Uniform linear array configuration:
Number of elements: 8
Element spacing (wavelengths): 0.5
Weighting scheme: blackman
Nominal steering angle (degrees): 15
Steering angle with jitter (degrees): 13.399
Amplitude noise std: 0.05
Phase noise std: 0.05

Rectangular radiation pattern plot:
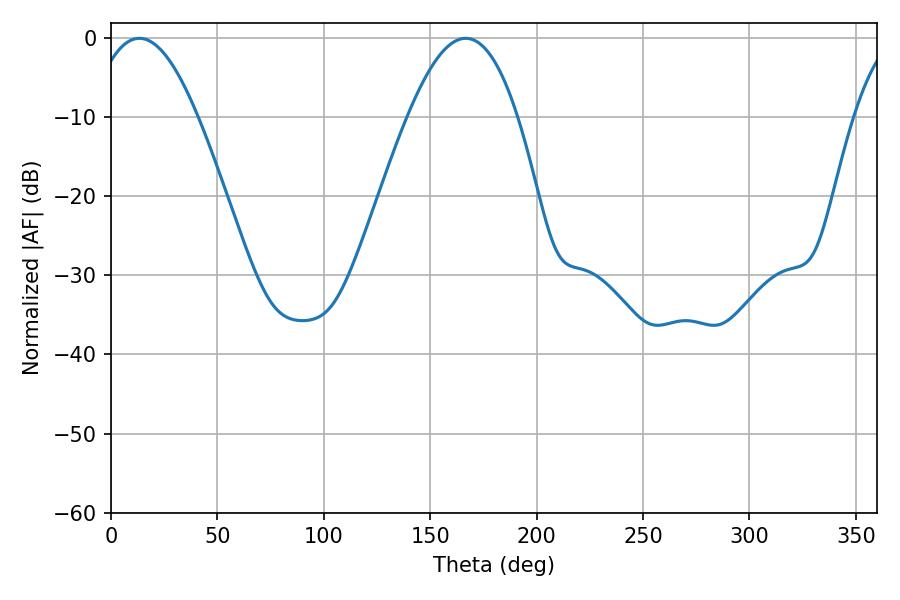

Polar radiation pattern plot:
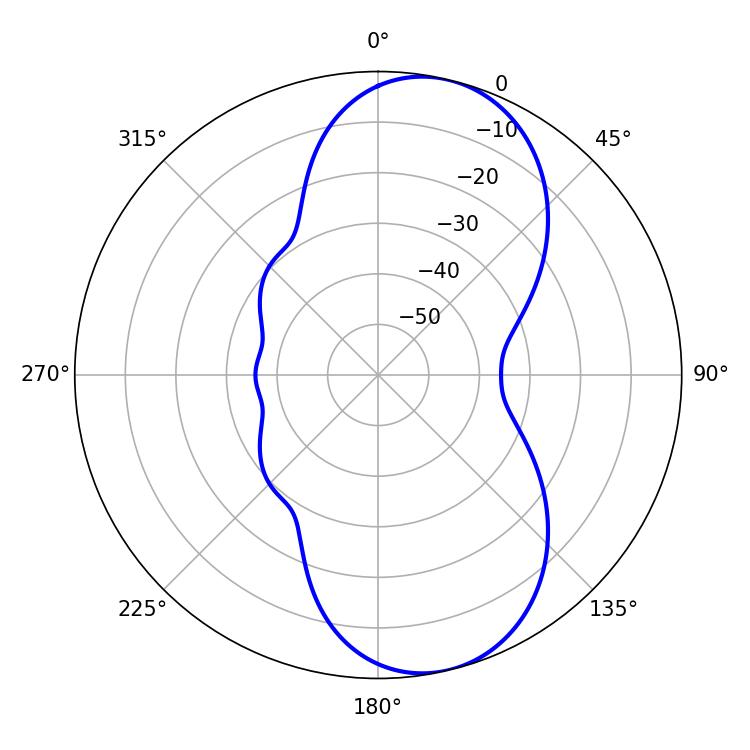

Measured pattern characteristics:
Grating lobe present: FALSE
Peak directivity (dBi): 8.919
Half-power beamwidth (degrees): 27.9
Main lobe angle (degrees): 13.32